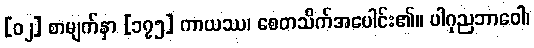
[၀၂] စာမျက်နှာ [၁၇၅] ကာယဿ၊ စေတသိက်အပေါင်း၏။ ပါဂုညဘာဝေါ၊